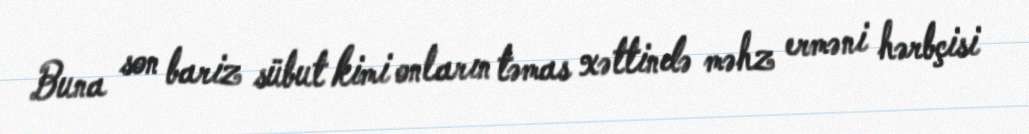
Buna son bariz sübut kimi onların təmas xəttində məhz erməni hərbçisi